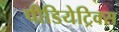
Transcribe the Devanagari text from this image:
पीडियेट्रिक्स